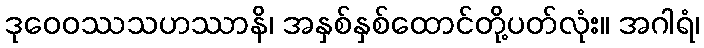
ဒုဝေဝဿသဟဿာနိ၊ အနှစ်နှစ်ထောင်တို့ပတ်လုံး။ အဂါရံ၊